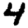
Digit: 4